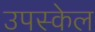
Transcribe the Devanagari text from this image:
उपस्केल